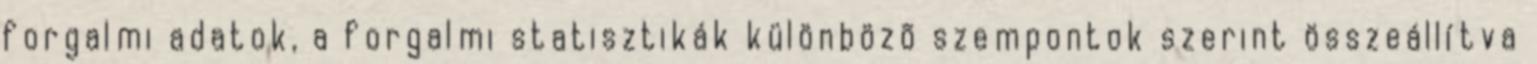
forgalmi adatok, a forgalmi statisztikák különbözõ szempontok szerint összeállítva